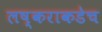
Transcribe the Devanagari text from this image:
लष्कराकडेच